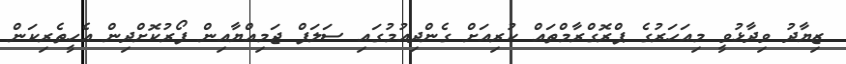
ޒިޔާދު ވިދާޅުވީ މިއަހަރުގެ ޕްރޮގްރާމްތައް ކުރިއަށް ގެންދިއުމުގައި ސަލަފް ޖަމިއްޔާއިން ފޯރުކޮށްދިން އެހީތެރިކަން